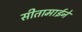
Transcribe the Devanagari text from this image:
सीतामाईने